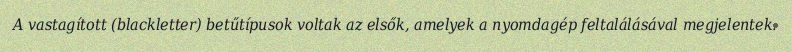
A vastagított (blackletter) betűtípusok voltak az elsők, amelyek a nyomdagép feltalálásával megjelentek.